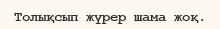
Толықсып жүрер шама жоқ.